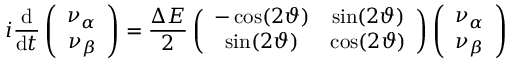
i { \frac { \mathrm { d } } { \mathrm { d } t } } \left( \begin{array} { c } { { \nu _ { \alpha } } } \\ { { \nu _ { \beta } } } \end{array} \right) = { \frac { \Delta E } { 2 } } \left( \begin{array} { c c } { { - \cos ( 2 \vartheta ) } } & { { \sin ( 2 \vartheta ) } } \\ { { \sin ( 2 \vartheta ) } } & { { \cos ( 2 \vartheta ) } } \end{array} \right) \left( \begin{array} { c } { { \nu _ { \alpha } } } \\ { { \nu _ { \beta } } } \end{array} \right)